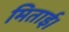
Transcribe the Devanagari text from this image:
मिताई।